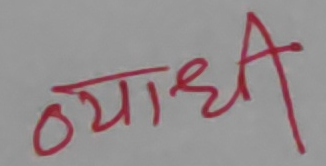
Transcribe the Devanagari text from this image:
व्याधी